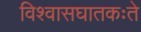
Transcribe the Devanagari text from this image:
विश्वासघातकःते